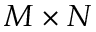
M \times N